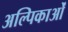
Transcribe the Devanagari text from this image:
अल्पिकाओं